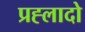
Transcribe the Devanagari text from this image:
प्रह्लादो